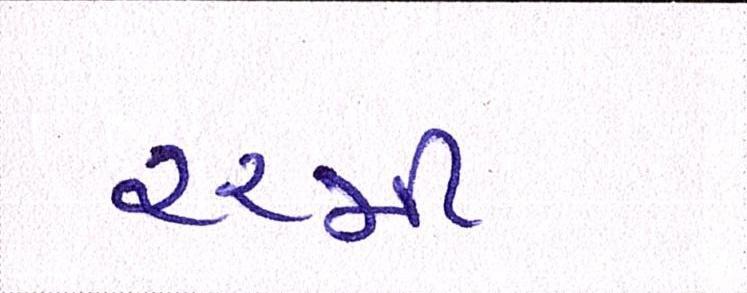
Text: ૨૨મી